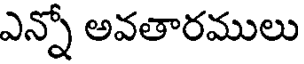
ఎన్నో అవతారములు